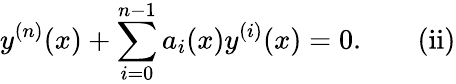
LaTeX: y^{(n)}(x)+\sum_{i=0}^{n-1}a_{i}(x)y^{(i)}(x)=0.\quad\quad\mathrm{{(ii)}}